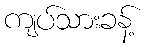
ကျပ်သားခန့်